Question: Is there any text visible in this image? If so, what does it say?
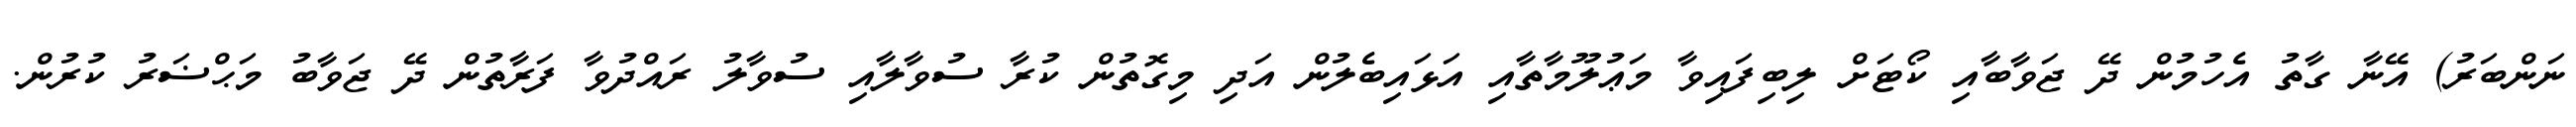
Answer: ނަންބަރު) އޭނާ ގާތު އެހުމުން ދޭ ޖަވާބާއި ކޯޓަށް ލިބިފައިވާ މަޢުލޫމާތާއި އަޅައިބެލުން އަދި މިގޮތުން ކުރާ ސުވާލާއި ސުވާލު ރައްދުވާ ފަރާތުން ދޭ ޖަވާބު މަޙްޟަރު ކުރުން.